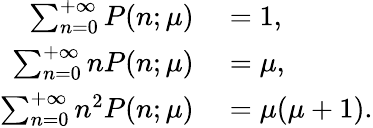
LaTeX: \begin{array}{rl}{\sum_{n=0}^{+\infty}P(n;\mu)}&{{}=1,}\\ {\sum_{n=0}^{+\infty}nP(n;\mu)}&{{}=\mu,}\\ {\sum_{n=0}^{+\infty}n^{2}P(n;\mu)}&{{}=\mu(\mu+1).}\end{array}